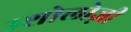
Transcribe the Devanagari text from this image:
म्शोलोज़ी